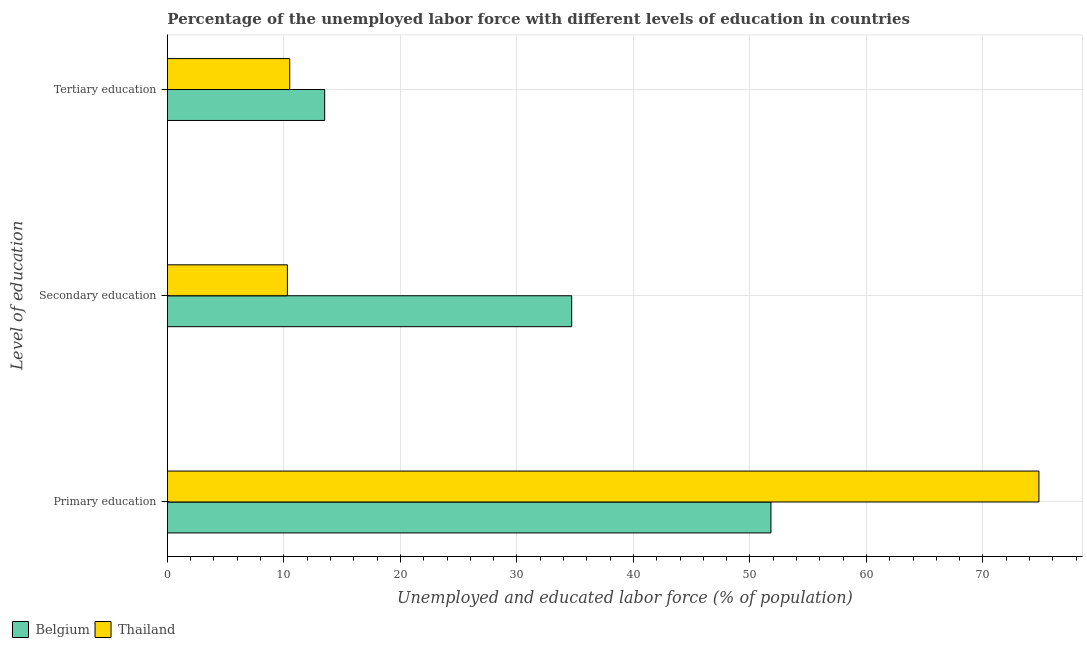
| Level of education | Belgium | Thailand |
 | --- | --- | --- |
 | Primary education | 51.8 | 74.8 |
 | Secondary education | 34.7 | 10.3 |
 | Tertiary education | 13.5 | 10.5 |